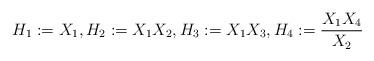
LaTeX: \begin{align*}H_1:= X_1, H_2:= X_1X_2, H_3:= X_1X_3, H_4:= \frac{X_1X_4}{X_2}\end{align*}